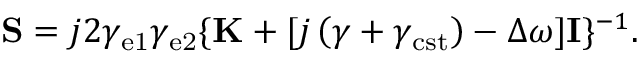
{ \bf S } = j 2 \gamma _ { \mathrm { e 1 } } \gamma _ { \mathrm { e 2 } } \{ { \bf K } + [ j \left( \gamma + \gamma _ { \mathrm { c s t } } \right) - \Delta \omega ] { \bf I } \} ^ { - 1 } .